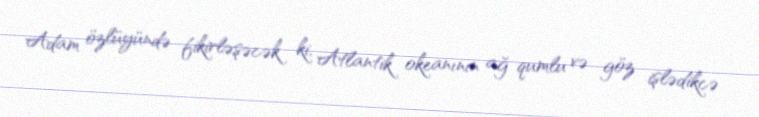
Adam özlüyündə fikirləşəcək ki, Atlantik okeanının ağ qumlu və göz işlədikcə